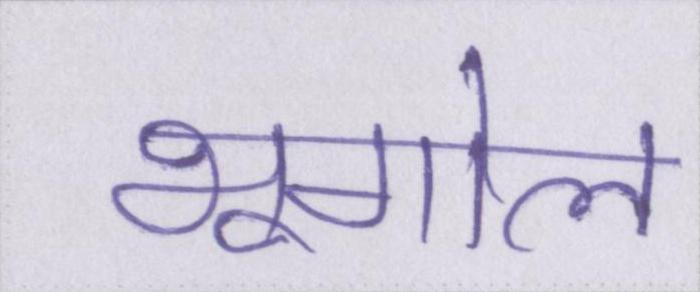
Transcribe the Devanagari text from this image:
भूगोल